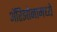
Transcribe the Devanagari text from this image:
अॅरिझोनामध्ये